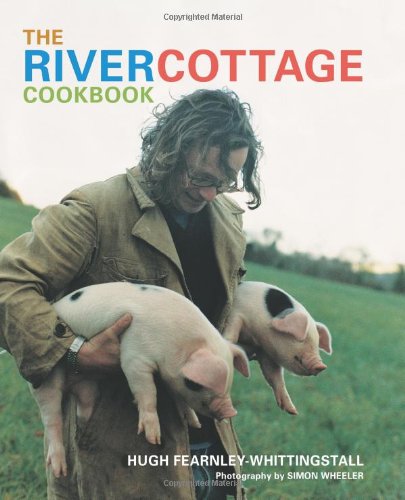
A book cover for The River Cottage Cookbook; Hugh Fearnley-Whittingstall; Politics & Social Sciences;